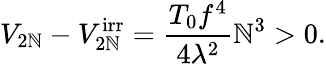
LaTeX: V_{2\mathbb{N}}-V_{2\mathbb{N}}^{\mathrm{{irr}}}=\frac{{T_{0}f^{4}}}{{4\lambda^{2}}}\mathbb{N}^{3}>0.